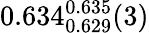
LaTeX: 0.634_{0.629}^{0.635}(3)